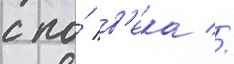
с по́ в'ека //